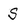
Character: S